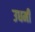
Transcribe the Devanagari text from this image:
उधमी